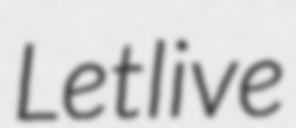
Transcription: Letlive